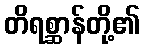
တိရစ္ဆာန်တို့၏